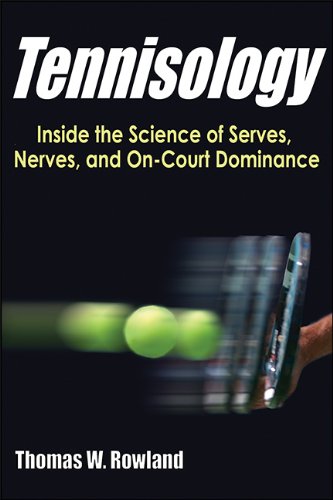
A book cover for Tennisology: Inside the Science of Serves, Nerves, and On-Court Dominance; Thomas Rowland; Sports & Outdoors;